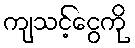
ကျသင့်ငွေကို